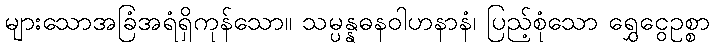
များသောအခြံအရံရှိကုန်သော။ သမ္ပန္နဓနဝါဟနာနံ၊ ပြည့်စုံသော ရွှေငွေဥစ္စာ